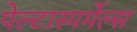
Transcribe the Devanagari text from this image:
पेल्टास्पर्मेल्स